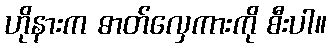
ဟိုနားက ဓာတ်လှေကားကို စီးပါ။